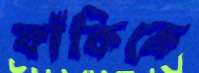
ফাঁকিকে